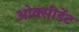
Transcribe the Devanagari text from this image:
ओक्सीडेंट